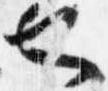
也